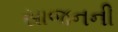
સાજનની